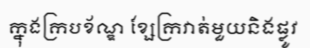
ក្នុងក្របខ័ណ្ឌ ខ្សែក្រវាត់មួយនិងផ្លូវ